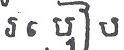
របៀប